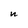
Character: n